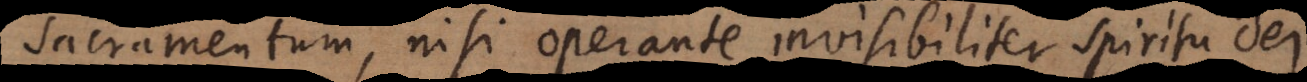
sacramentum, nisi operante invisibiliter spiritu Dei,